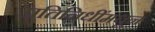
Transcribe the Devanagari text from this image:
प्रतिनिधींमधून